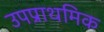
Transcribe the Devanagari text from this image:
उपप्राथमिक